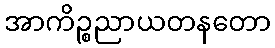
အာကိဉ္စညာယတနတော